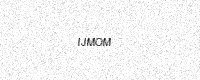
Text: IJMOM